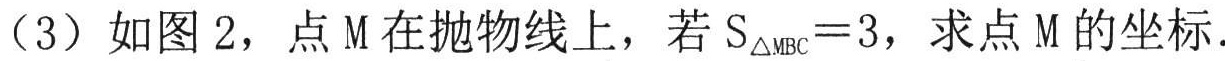
（3）如图 2，点 M 在抛物线上，若 \(S_{\triangle MBC}=3\)，求点 M 的坐标.